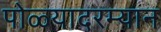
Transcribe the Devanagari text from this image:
पोळ्यादरम्यान